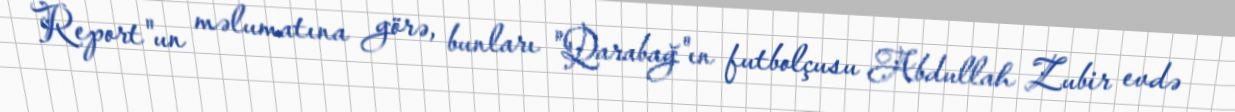
Report"un məlumatına görə, bunları "Qarabağ"ın futbolçusu Abdullah Zubir evdə